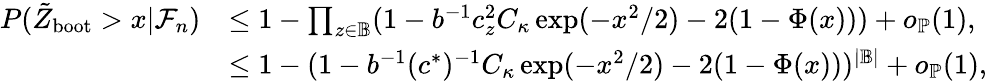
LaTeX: \begin{array}{rl}{P(\tilde{Z}_{\mathrm{boot}}>x|\mathcal{F}_{n})}&{\leq 1-\prod_{z\in\mathbb{B}}(1-b^{-1}c_{z}^{2}C_{\kappa}\exp(-x^{2}/2)-2(1-\Phi(x)))+o_{\mathbb{P}}(1),}\\ &{\leq 1-(1-b^{-1}(c^{*})^{-1}C_{\kappa}\exp(-x^{2}/2)-2(1-\Phi(x)))^{|\mathbb{B}|}+o_{\mathbb{P}}(1),}\end{array}